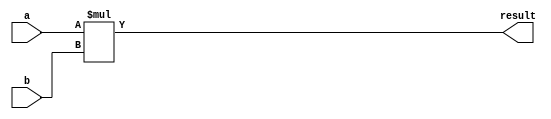
module fixed_point_multiplier (
    input wire [15:0] a, // input fixed-point number 1
    input wire [15:0] b, // input fixed-point number 2
    output wire [31:0] result // output fixed-point product
);

reg [31:0] product = 0; // accumulator for product

// multiplier block
always @(*) begin
    product = a * b; // perform multiplication
end

// adder block (not implemented in detail here)
// accumulator block (not implemented in detail here)

assign result = product; // output final result

endmodule